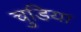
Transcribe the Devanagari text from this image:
चुडिया